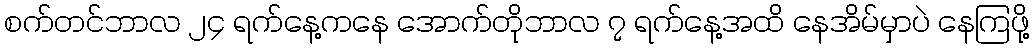
စက်တင်ဘာလ ၂၄ ရက်နေ့ကနေ အောက်တိုဘာလ ၇ ရက်နေ့အထိ နေအိမ်မှာပဲ နေကြဖို့